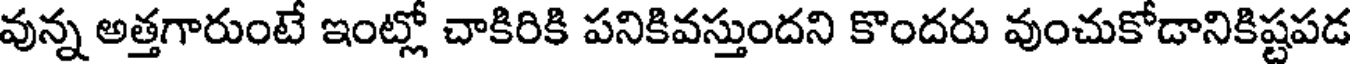
వున్న అత్తగారుంటే ఇంట్లో చాకిరికి పనికివస్తుందని కొందరు వుంచుకోడానికిష్టపడ